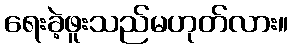
ရေးခဲ့ဖူးသည်မဟုတ်လား။